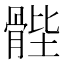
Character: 䯗